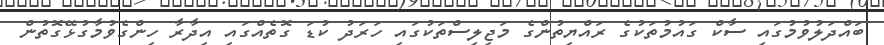
ބައްދަލުވުމުގައި ސާކް ގައުމުތަކުގެ ރައްޔިތުންގެ މަޖިލިސްތަކުގައި ހަރަދު ކުޑަ ގޮތެއްގައި އިދާރާ ހިންގެވުމާގުޅޭގޮތުން